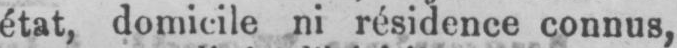
état, domicile ni résidence connus,